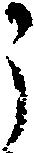
う